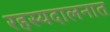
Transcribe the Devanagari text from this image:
रहस्यदालनात